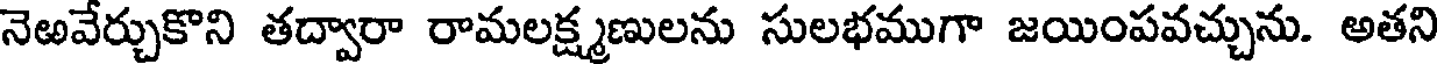
నెఱవేర్చుకొని తద్వారా రామలక్ష్మణులను సులభముగా జయింపవచ్చును. అతని